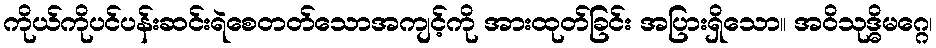
ကိုယ်ကိုပင်ပန်းဆင်းရဲစေတတ်သောအကျင့်ကို အားထုတ်ခြင်း အပြားရှိသော။ အဝိသုဒ္ဓိမဂ္ဂေ၊